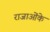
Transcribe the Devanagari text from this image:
राजाओंके